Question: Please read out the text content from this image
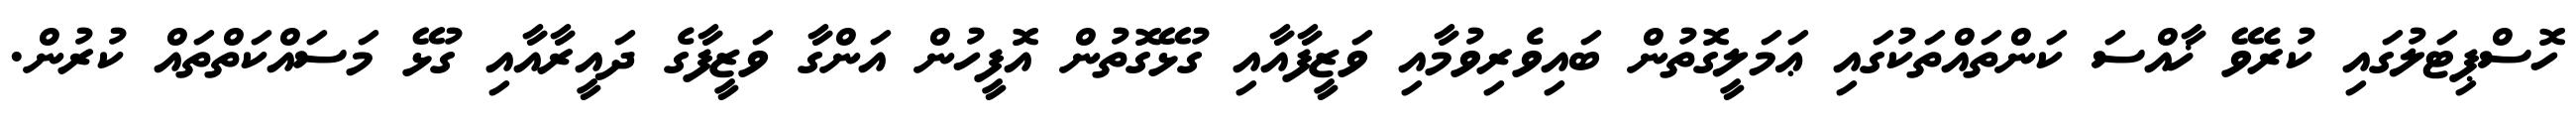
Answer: ހޮސްޕިޓަލުގައި ކުރެވޭ ޚާއްސަ ކަންތައްތަކުގައި ޢަމަލީގޮތުން ބައިވެރިވުމާއި ވަޒީފާއާއި ގުޅޭގޮތުން އޮފީހުން އަންގާ ވަޒީފާގެ ދައީރާއާއި ގުޅޭ މަސައްކަތްތައް ކުރުން.